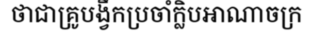
ថាជាគ្រូបង្វឹកប្រចាំក្លិបអាណាចក្រ